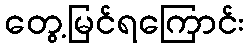
တွေ့မြင်ရကြောင်း